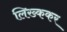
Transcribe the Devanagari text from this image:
लिख्ककर